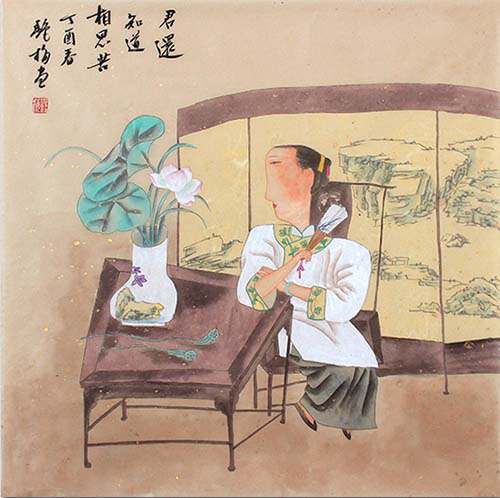
透内阁香风阵阵，掩重门暮雨纷纷。